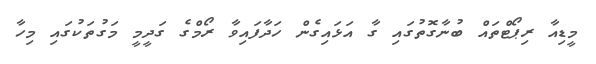
މީޑިއާ ރިޕޯޓްތައް ބުނާގޮތުގައި ގާ އަޅައިގެން ހަދާފައިވާ ރޯމްގެ ގަދީމީ މަގުތަކުގައި މިހާ